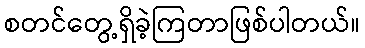
စတင်တွေ့ရှိခဲ့ကြတာဖြစ်ပါတယ်။